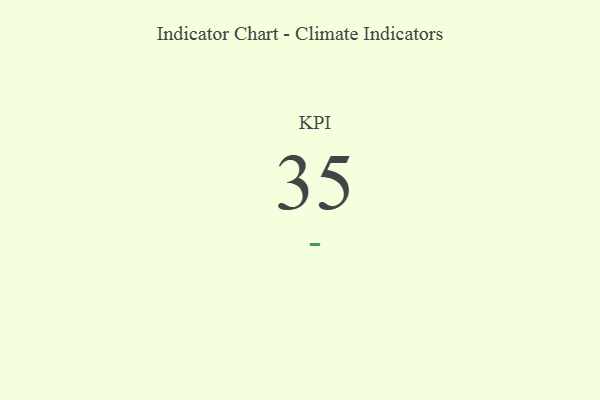
{"axis": {"x": "KPI", "y": "Value"}, "legend": [""], "data": [{"x": "KPI", "y": 35, "type": ""}]}